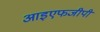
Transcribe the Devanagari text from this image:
आइएफजीपी